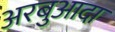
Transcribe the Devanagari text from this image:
अरबुआदा